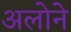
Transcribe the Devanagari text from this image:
अलोने